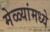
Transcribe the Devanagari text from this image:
मेळ्यांमध्ये